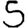
Digit: 5